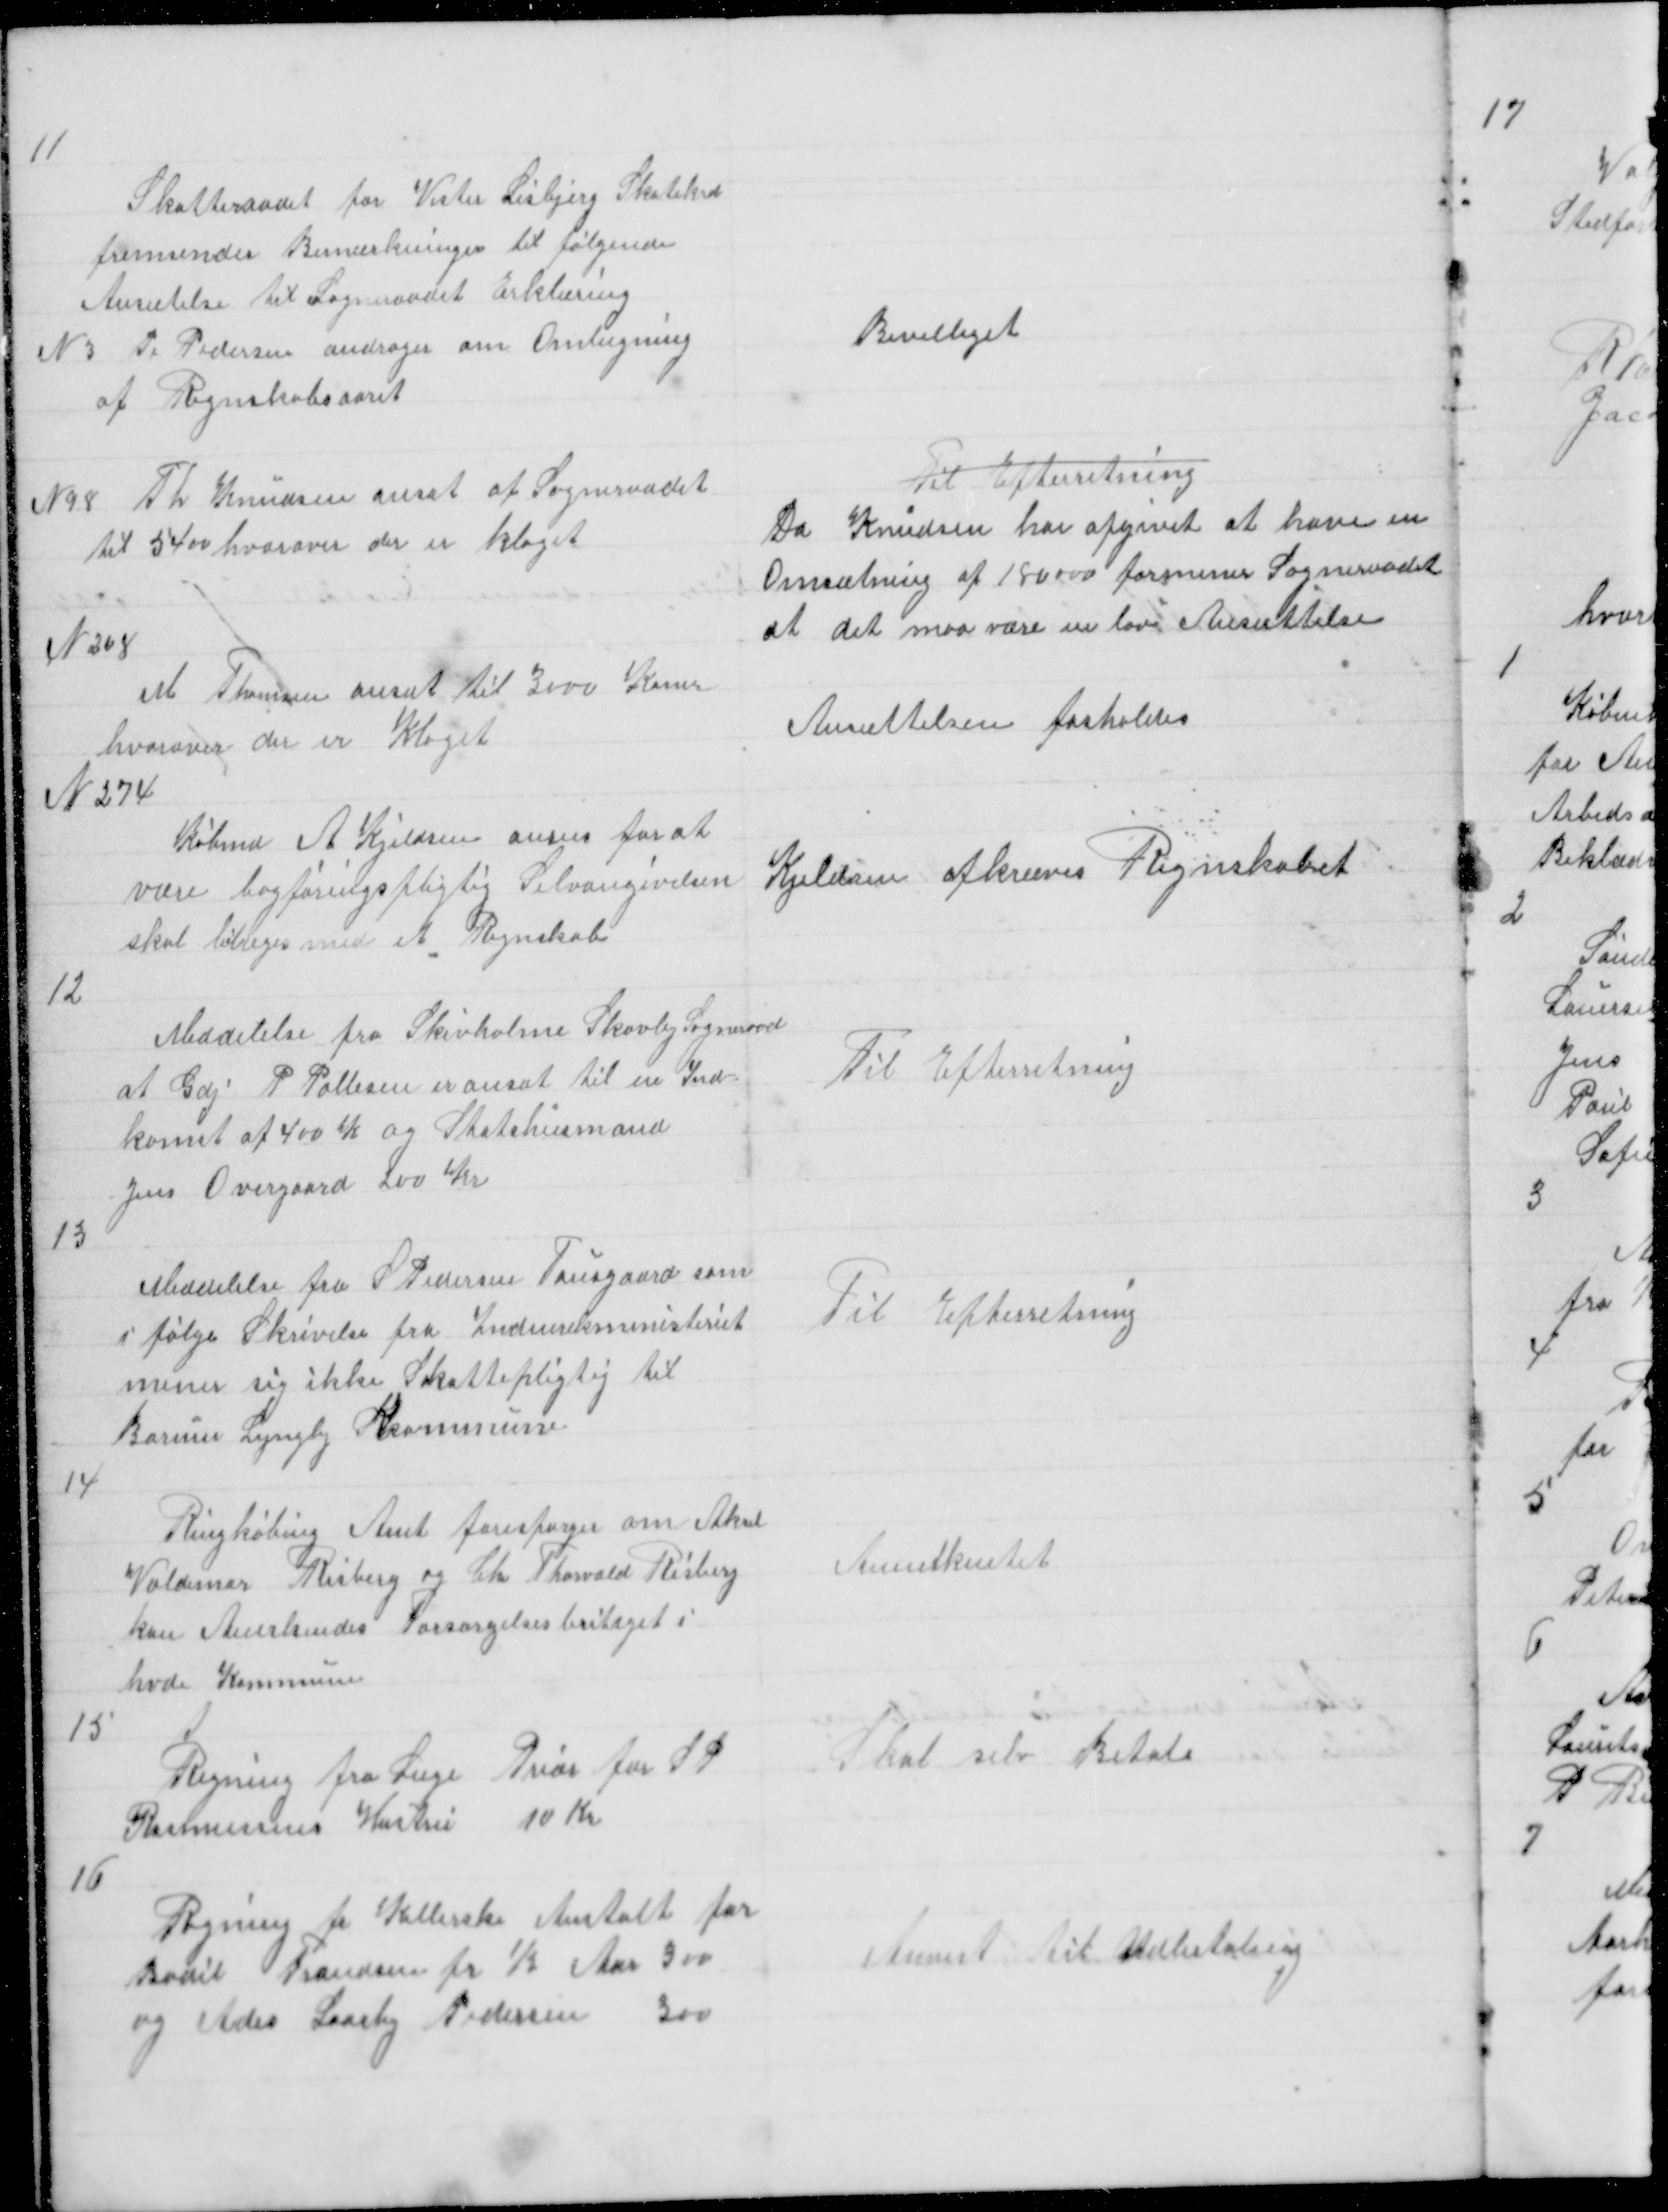
Transskription:
11
Skatteraadet for Vester Lisbjerg Skatekred
fremsender Bemærkninger til følgende
Ansætelse til Sogneraadet Erklæring
N3 P. Pedersen andrager om Omlægning
af Regnskabsaaret

Bevilliget

N98 Th Knudsen ansat af Sogneraadet
til 5400 hvorover der er klaget

Til Efterretning
Da Knudsen har afgivet at have en
Omsætning paa 180000 formener Sogneraadet
at det maa være en lav Ansættelse

N208
M Thomsen ansat til 3000 Krner
hvorover der er Klaget

Ansættelsen fasholdes

N274
Købmd A Kjeldsen anses for at
være bogføringspligtig Selvangivelsen
skal bilæges med et Regnskab

Kjeldsen afkræves Regnskabet

12

Meddelelse fra Skivholme Skovby Sogneraad
at Gdj P Pallesen er ansat til en Ind=
komst af 400 K og Statshusmand
Jens Overgaard 200 Kr

Til Efterretning

13

Meddelelse fra S Pedersen Tousgaard som
i følge Skrivelse fra Indenriksministeriet
mener sig ikke Skattepligtig til
Borum Lyngby Kommune

Til Efterretning

14

Ringkøbing Amt forespørger om Aksel
Valdemar Risberg og Chr Thorvald Risberg
kan Anerkendes Forsørgelsesbritaget i
hvd. Kommune

Annerkentet

15

Regning fra Læge Prior for S P
Rasmussens Hustru
10 Kr

Skal selv Betale

16

Regning fr Kellerske Anstalt for
Bodil Frandsen fr ½ Aaar 300
og Ades Laasby Pedersen
300

Anvist til Udbetaling